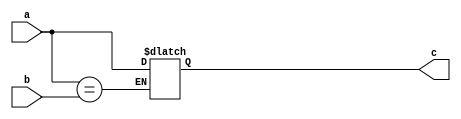
//
//This is a single latch C gate implementation. 
//Assumes XST will infer the latch automatically.

module muller_naive(
	input a, 
	input b,
	output c
);

reg q;
always @(a or b) begin
	if (a == b) q = a;
end 
assign c = q;

endmodule